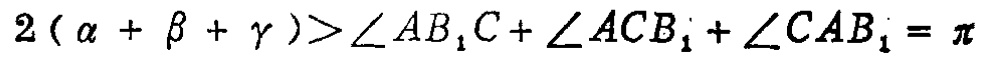
\(2(\alpha + \beta + \gamma )>\angle AB_{1}C+\angle ACB_{1}+\angle CAB_{1}=\pi\)